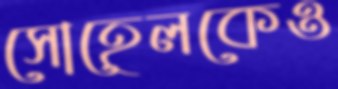
সোহেলকেও